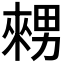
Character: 𤳇